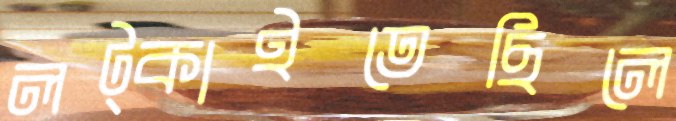
লট্‌কাইতেছিলে